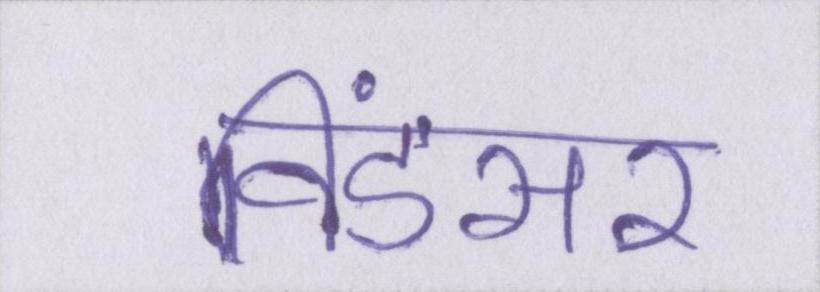
विंडसर